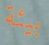
بيئة